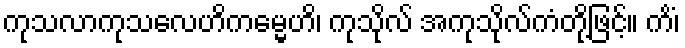
ကုသလာကုသလေဟိကမ္မေဟိ၊ ကုသိုလ် အကုသိုလ်ကံတို့ဖြင့်။ ကိံ၊